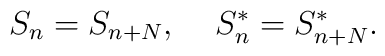
S_{n}=S_{n+N}, \;\;\;\; S_{n}^{*}=S_{n+N}^{*}.